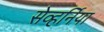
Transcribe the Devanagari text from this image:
सेव्हर्निया